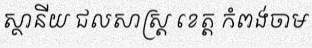
ស្ថានីយ ជលសាស្ត្រ ខេត្ត កំពង់ចាម